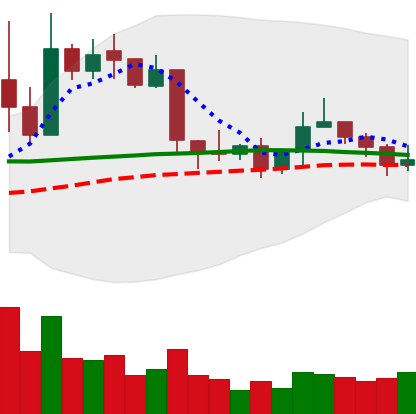
Ticker: XRP-USD
Chart end date: 2019-04-22
Forward return: -8.395%
Label: down_7plus